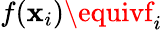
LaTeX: f(\mathbf{x}_{i})\equivf_{i}